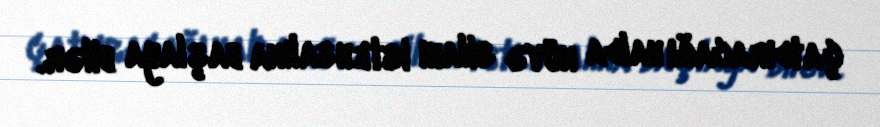
çatdıracağı halda nüvə silahı istehsalına başlaya bilər.